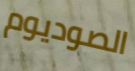
الصوديوم